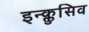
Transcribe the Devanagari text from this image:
इन्क्लुसिव